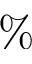
\%